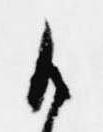
御